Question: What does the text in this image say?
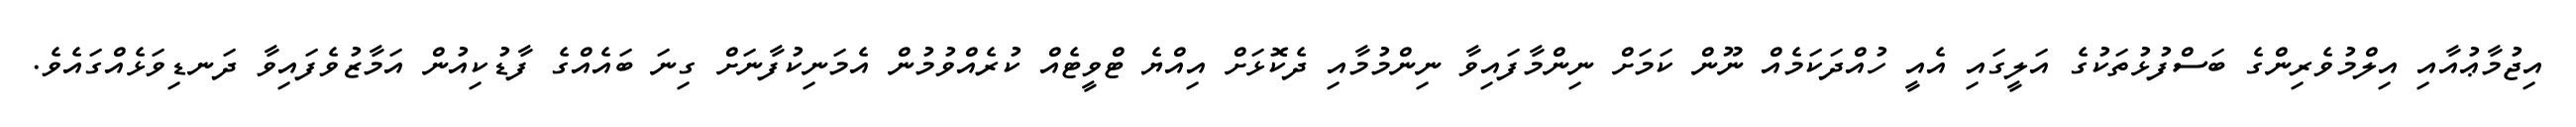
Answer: އިޖުމާޢުއާއި އިލްމުވެރިންގެ ބަސްފުޅުތަކުގެ އަލީގައި އެއީ ހުއްދަކަމެއް ނޫން ކަމަށް ނިންމާފައިވާ ނިންމުމާއި ދެކޮޅަށް އިއްޔެ ޓްވީޓެއް ކުރެއްވުމުން އެމަނިކުފާނަށް ގިނަ ބައެއްގެ ފާޑުކިއުން އަމާޒުވެފައިވާ ދަނޑިވަޅެއްގައެވެ.